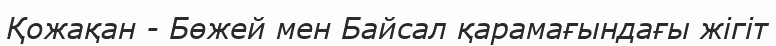
Қожақан - Бөжей мен Байсал қарамағындағы жігіт